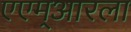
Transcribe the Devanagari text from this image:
एएम्‌आरला